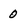
Character: 0